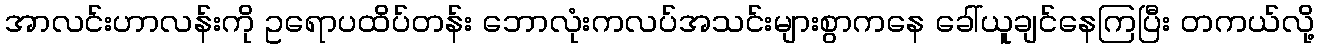
အာလင်းဟာလန်းကို ဥရောပထိပ်တန်း ဘောလုံးကလပ်အသင်းများစွာကနေ ခေါ်ယူချင်နေကြပြီး တကယ်လို့